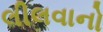
લીલવાનો